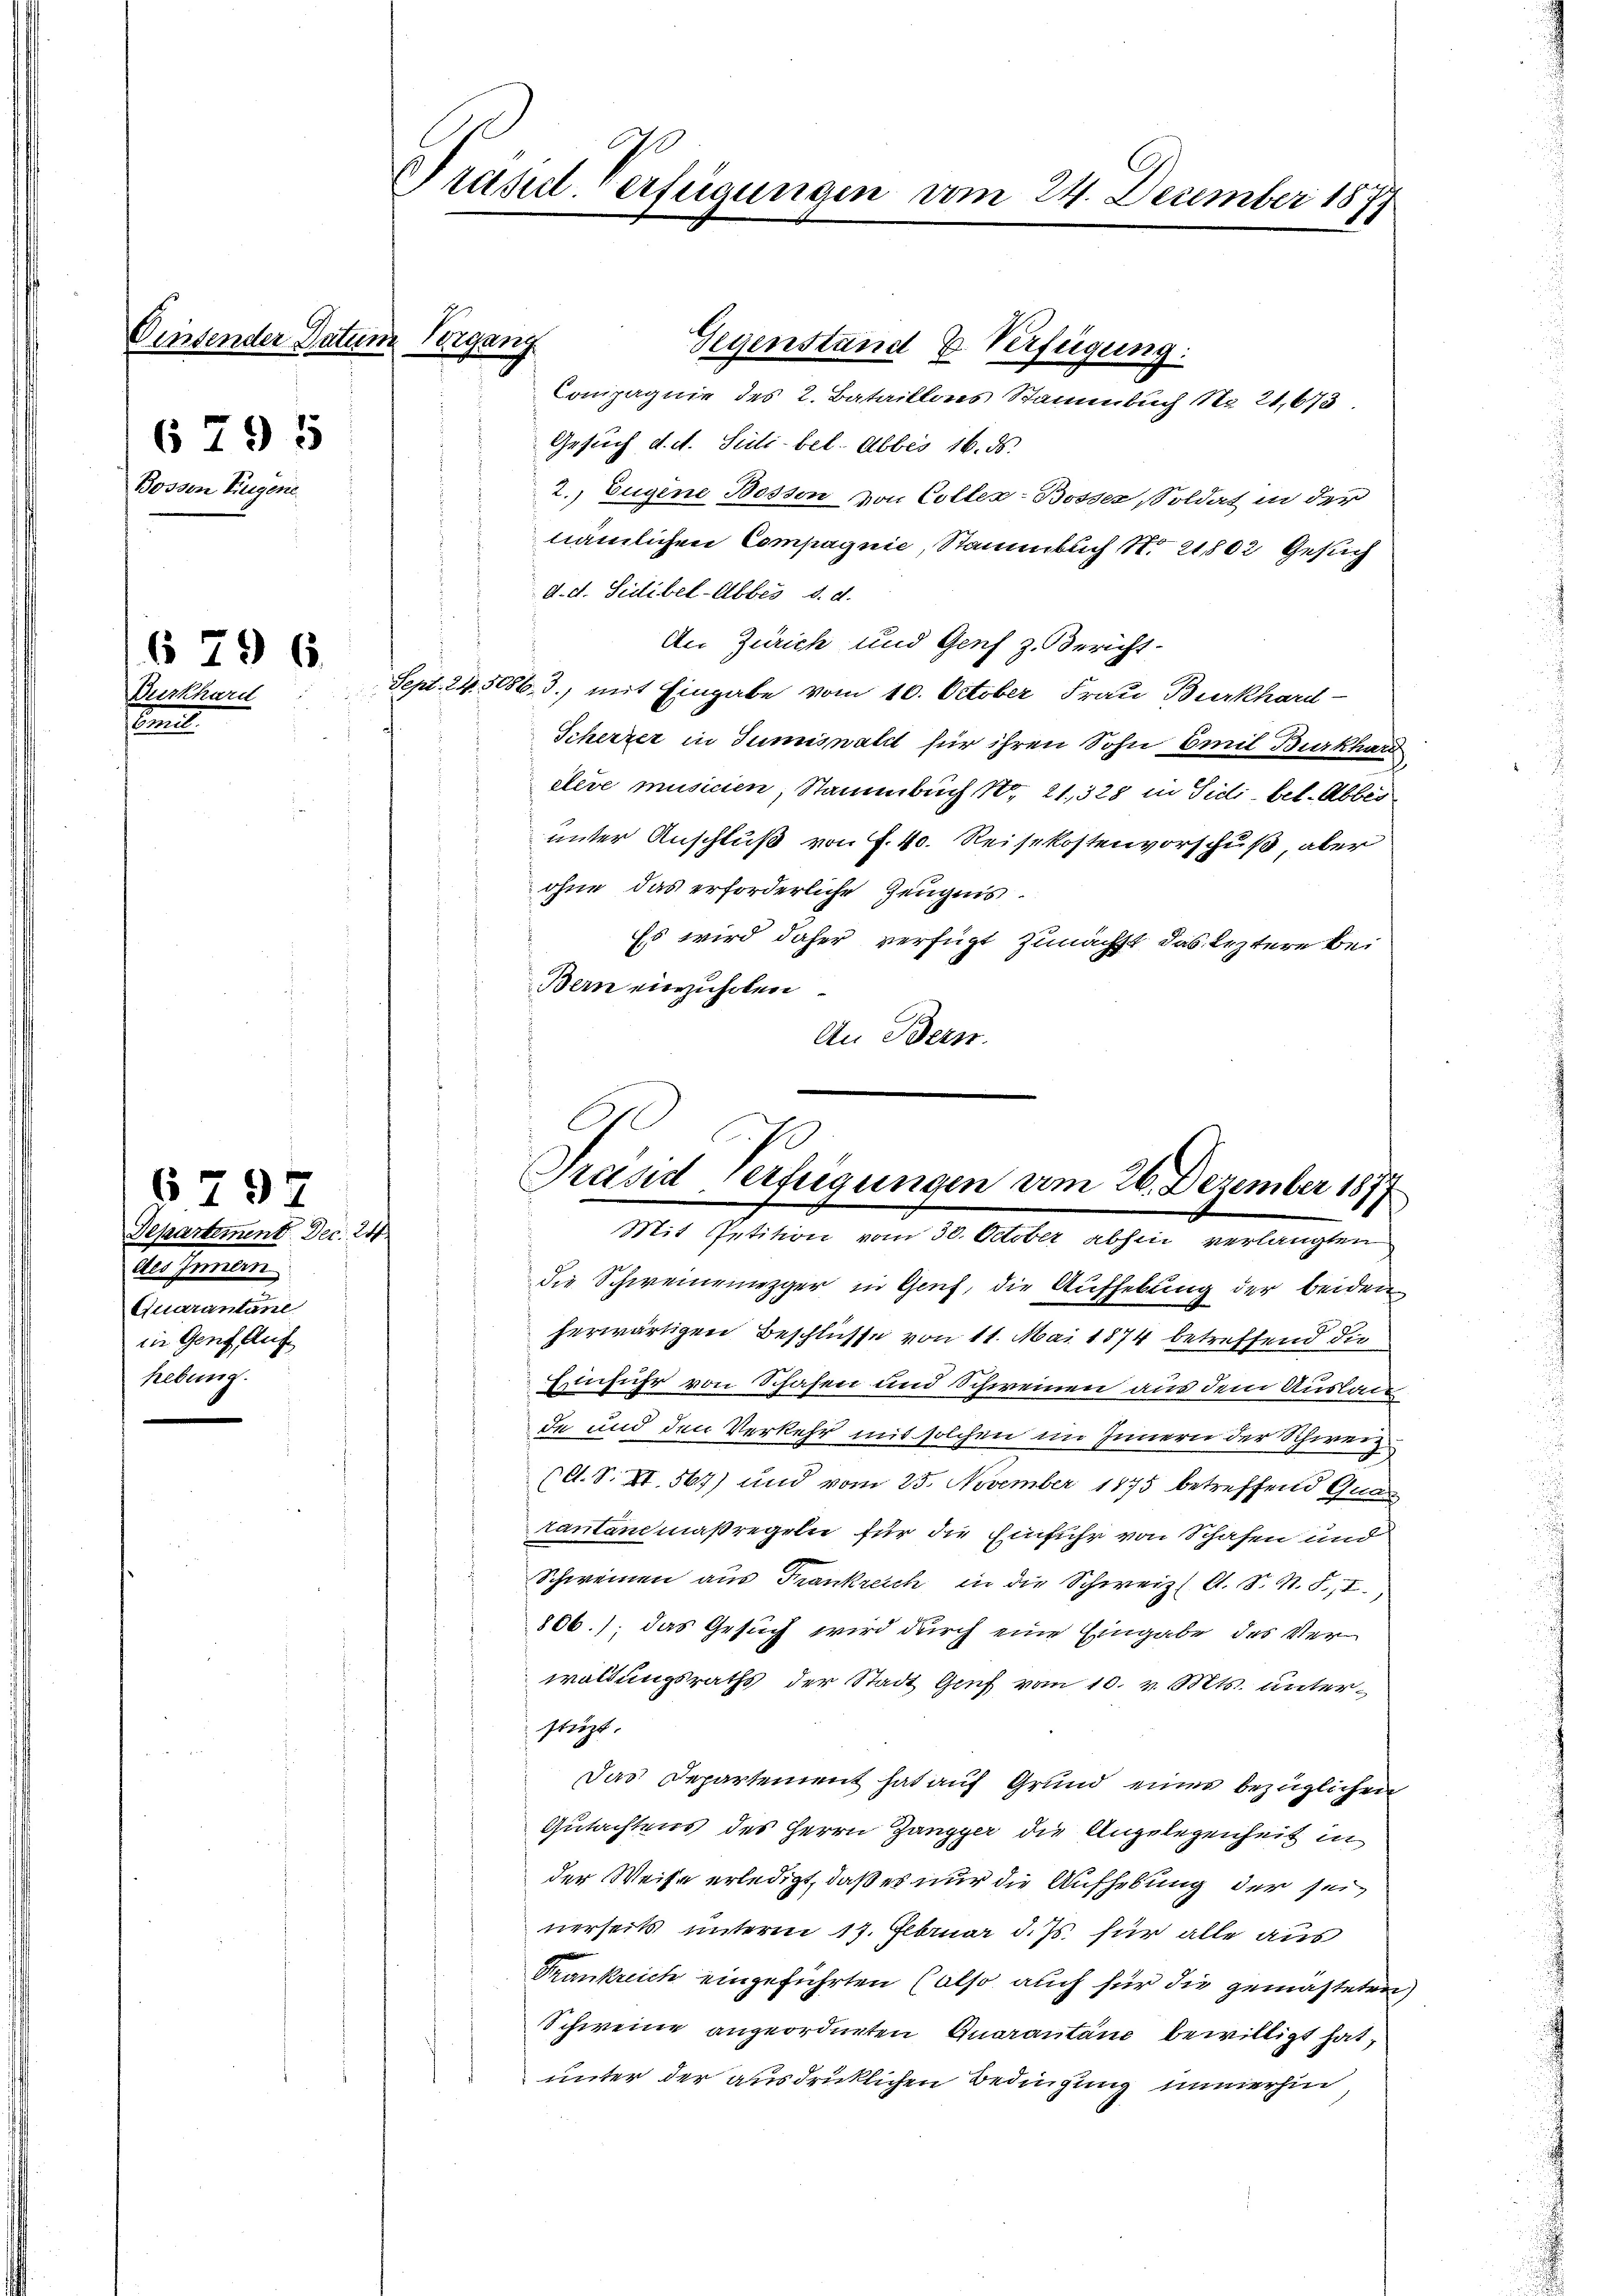
2
5
ege

296.
Koche

§797

der Datum Vergang

Departement Dec. 24
des Inner
Quarantane
in Genf Auf
hebung.

Gegenstand u. Verfügung:
Compagnie des 2. Bataillons Stammbuch No 21,673.
Gesuch d. d. Suilibel. Abbes 16. ds.
2. Eugene Bosson von Coller-Bosser Soldat in der
nämlichen Compagnie, Stammtuch No. 21802 Gesuch
d. d. Sidibel-Abbes d. d.
An Zürich und Genf z. Bericht-
Sept. 24. 5086. 3.) mit Eingabe vom 10. October Frau Burkhard-
Scherzer in Tumiswaldt für ihren Sohn Emil Burkhard
itere musicien, Stammbuch, 1. 21, 328 in Sidibel. Abbes
unter Anschluß von f. 40. Reisekostenvorschuß, aber
ohne das erforderliche Zeugnis.
Es wird daher verfügt zunächst das leztere Bei
Bern einzuholen
An Bern.
C

Präsidl-Verfügungen vom 24. Deumber 1877

1
Präsiderfügungen am 26. Dezember 1877
Mit Petition vom 30. October abhin verlangten

die Schweinemezger in Genf, die Aufhebung der beiden
herwärtigen Beschlüsse von 11. Mai 1874 betreffend die
Einführ von Schafen und Schweinen aus dem Auslaude und den Verkehr mit solchen im Innern der Schweiz.
C. S. XI. 567) und vom 25. November 1875 betreffend Guar
rantanmaßregeln für die Einfuhr von Schafen und
Schweinen aus Frankreich in die Schweiz. A. S. R. S. II.
806.); das Gesuch wird durch eine Eingabe des Verwaltungsraths der Stadt Genf vom 10. v. Mts. unterstüzt.
Das Departement hat auf Grund eines bezüglichen
Gutachtens des Herrn Zangger die Angelegenheit in
der Weise erledigt, daß es nur die Aufhebung der sei
nerseits unterm 17. Februar d. Js. für alle aus
Frankreich eingeführten (also auch für die gemästeten
Schweine angeordneten Quarantane bewilligt hat,
unter der ausdrücklichen Bedingung immerhin